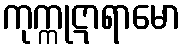
ကုက္ကုဋာရာမော